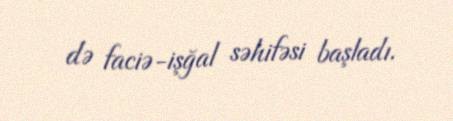
də faciə-işğal səhifəsi başladı.